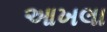
આખલા